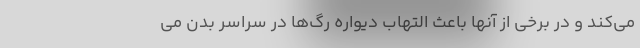
می‌کند و در برخی از آنها باعث التهاب دیواره رگ‌ها در سراسر بدن می